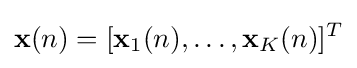
{\bf {x}}(n)=[{\bf {x}}_{1}(n),\ldots ,{\bf {x}}_{K}(n)]^{T}